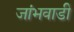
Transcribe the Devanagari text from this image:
जांभवाडी